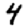
Digit: 4